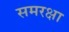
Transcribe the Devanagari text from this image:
समरक्षा